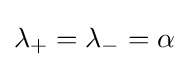
\lambda _{+}=\lambda _{-}=\alpha